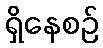
ရှိနေစဉ်